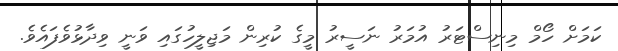
ކަމަށް ހޯމް މިނިސްޓަރު އުމަރު ނަސީރު މީގެ ކުރިން މަޖިލީހުގައި ވަނީ ވިދާޅުވެފައެވެ.